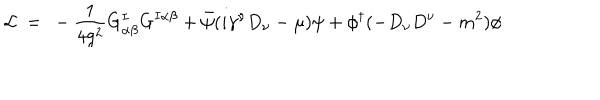
{ \cal L } ~ = ~ - { \frac { 1 } { 4 g ^ { 2 } } } G _ { \alpha \beta } ^ { I } G ^ { I \alpha \beta } + \bar { \psi } ( i \gamma ^ { \nu } D _ { \nu } - \mu ) \psi + \phi ^ { \dagger } ( - D _ { \nu } D ^ { \nu } - m ^ { 2 } ) \phi